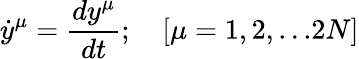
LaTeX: {\dot{y}}^{\mu}={\frac{dy^{\mu}}{dt}};\quad[\mu=1,2,...2N]